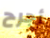
أجرح